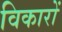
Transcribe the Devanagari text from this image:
विकारों